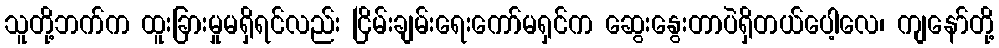
သူတို့ဘက်က ထူးခြားမှုမရှိရင်လည်း ငြိမ်းချမ်းရေးကော်မရှင်က ဆွေးနွေးတာပဲရှိတယ်ပေါ့လေ၊ ကျနော်တို့